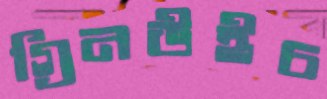
গ্রিনউইচ